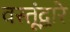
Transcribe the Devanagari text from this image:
वस्तूंद्वारे